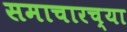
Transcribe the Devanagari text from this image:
समाचारच्या